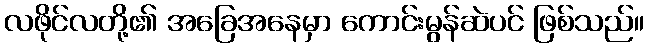
လဖိုင်လတို့၏ အခြေအနေမှာ ကောင်းမွန်ဆဲပင် ဖြစ်သည်။